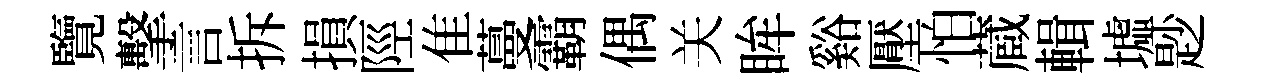
覽擊言拆損陘隹蔓霸偶关眸谿壓怕蔵輯墟尟